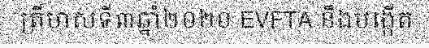
ត្រីមាសទី៣ឆ្នាំ២០២០ EVFTA នឹងបង្កើត